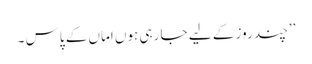
’’چند روز کے لیے جا رہی ہوں اماں کے پاس ۔